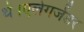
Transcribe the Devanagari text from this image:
थे।एलेगजेंडर